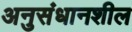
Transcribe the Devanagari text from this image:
अनुसंधानशील